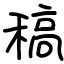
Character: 稿